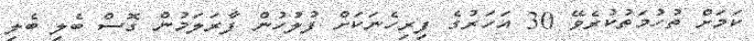
ކަމަށް ތުހުމަތުކުރެވޭ 30 އަހަރުގެ ފިރިހެނަކަށް ފުލުހުން ފާރަލަމުން ގޮސް ބެލި ބެލި